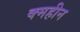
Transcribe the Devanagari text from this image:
क्महीन